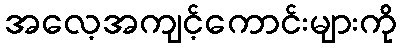
အလေ့အကျင့်ကောင်းများကို